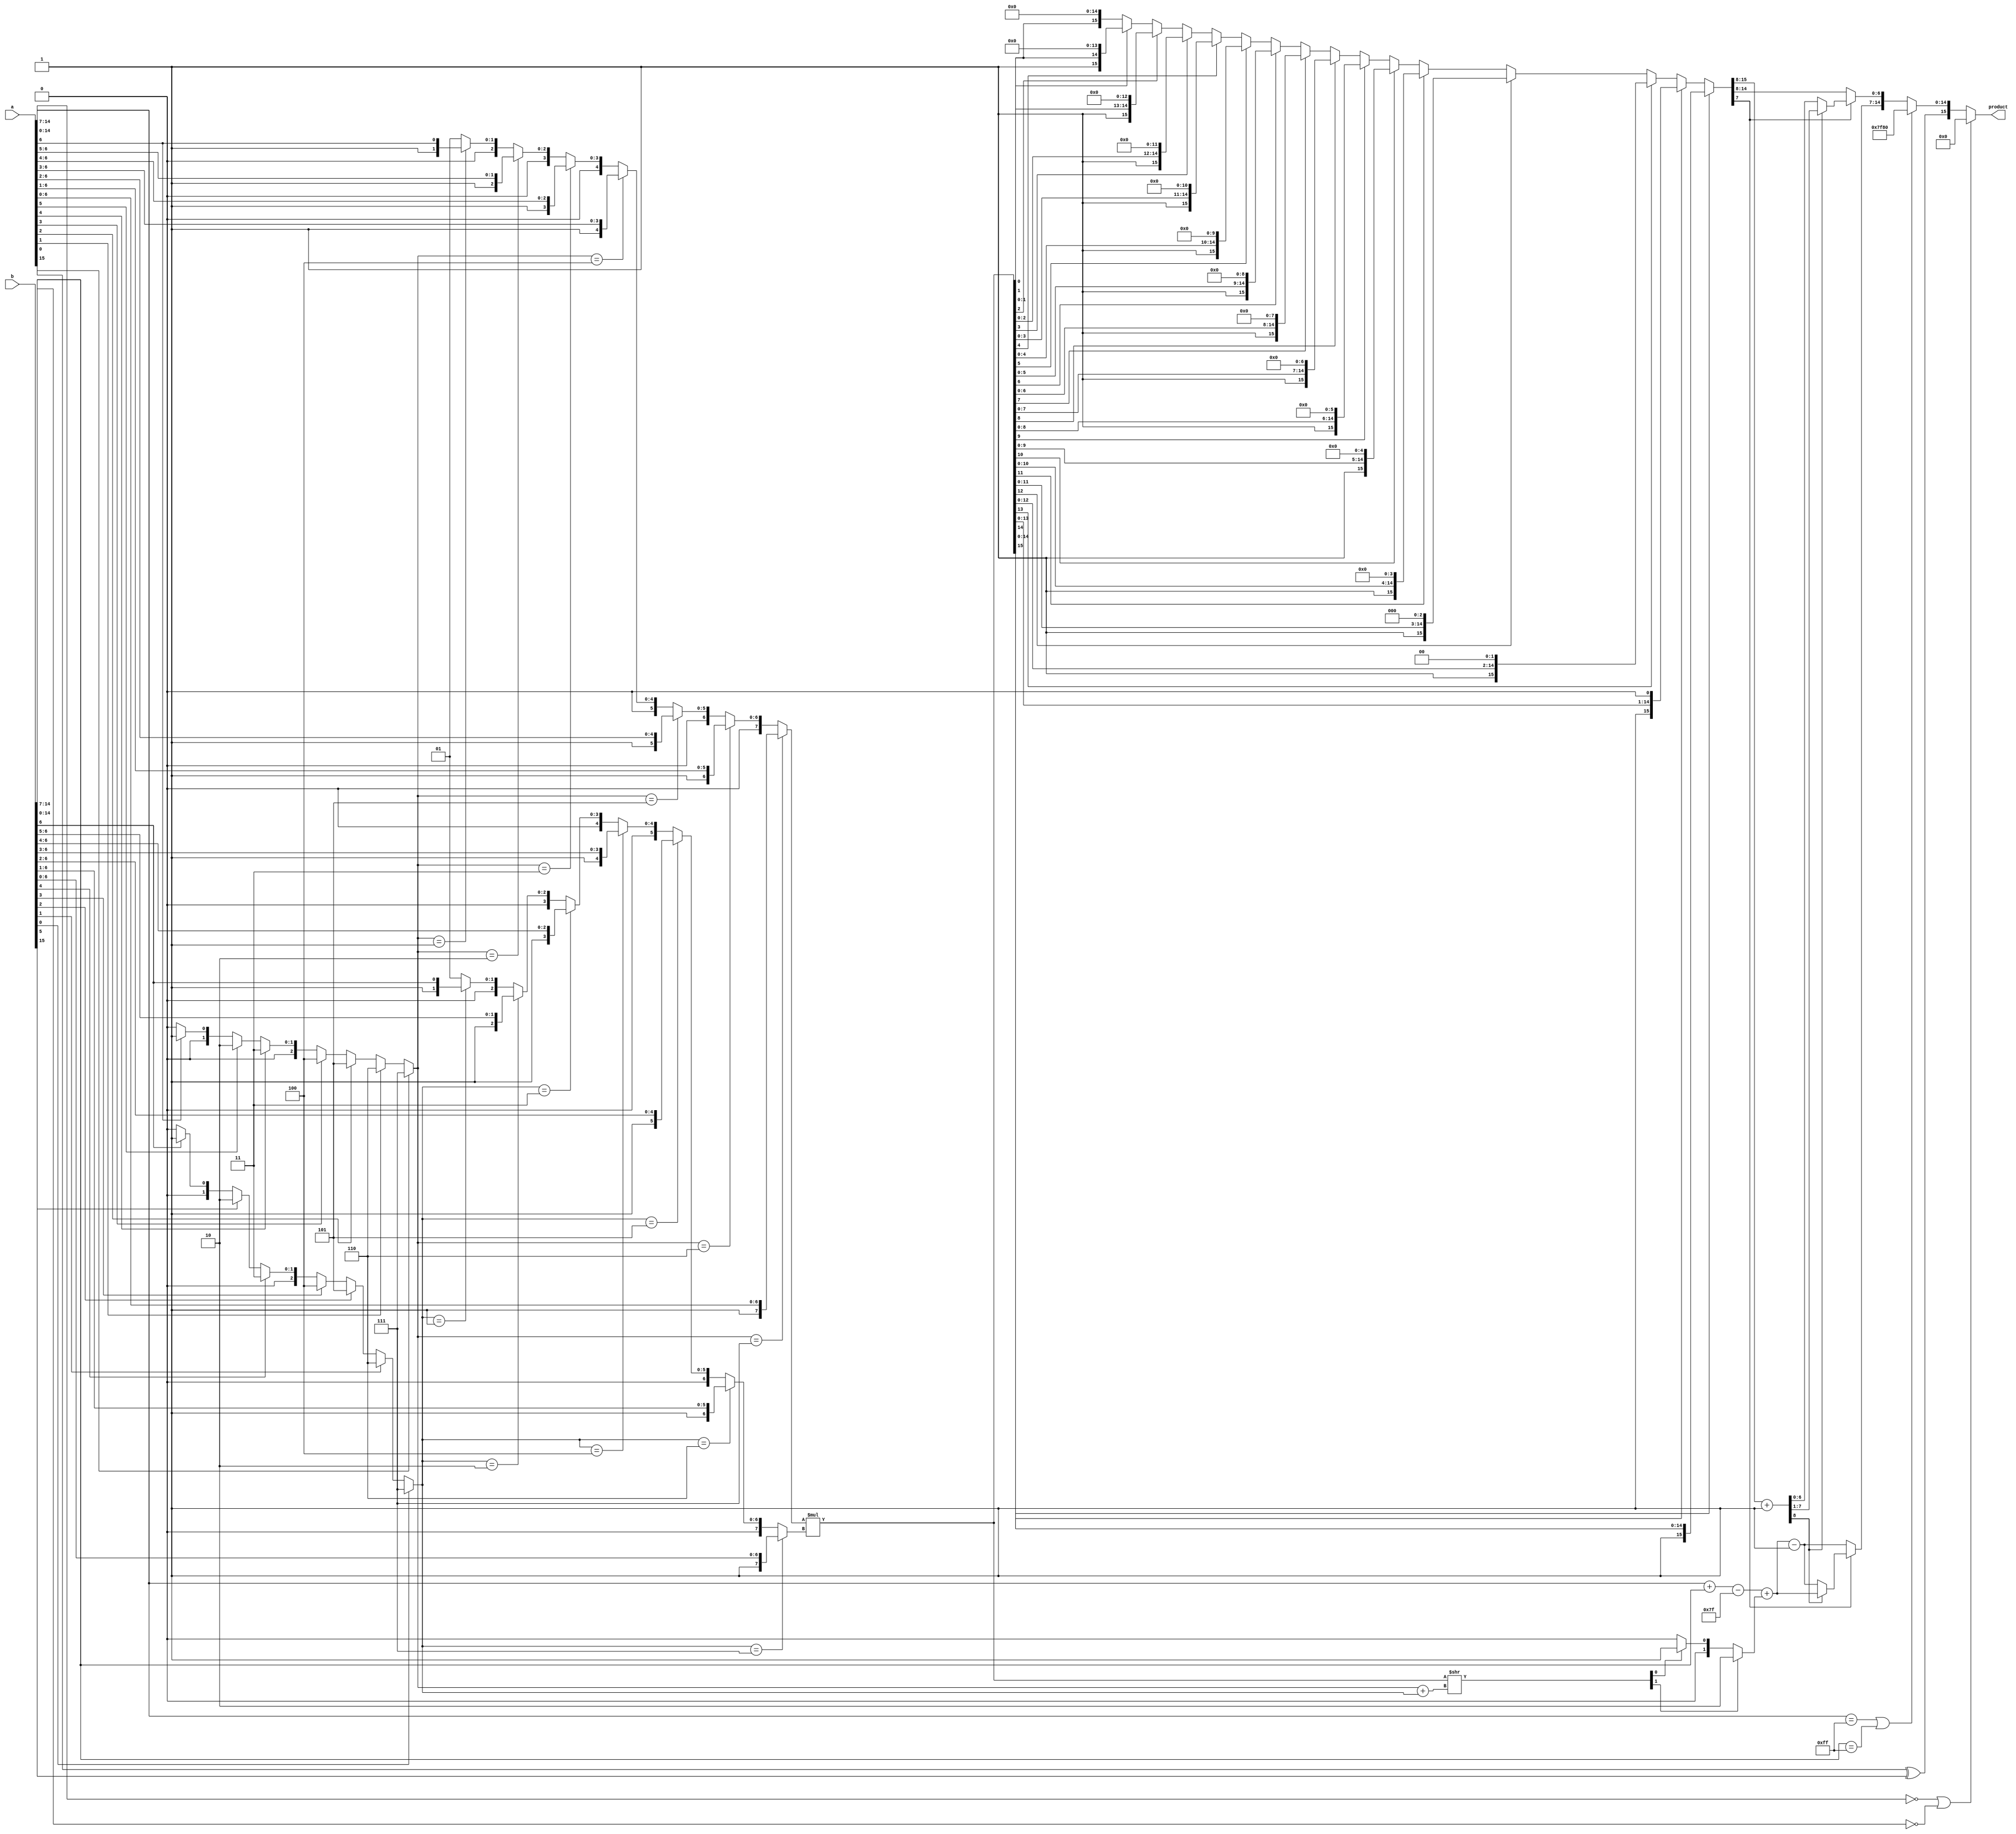
module Bfloat16_mul(
    input [15:0]a, 
    input [15:0]b, 
    output reg [15:0]product);
    
    reg sign, carry;
    reg [15:0] mul, inter;
    reg [1:0]temp, position;
    reg [7:0]exponent, n1, n2;
    reg [6:0]mantissa;
    reg [7:0]roundoff;
    wire [4:0] point;
    wire [2:0]count1, count2;
    
    // To keep a track of the decimal point.
    assign count1 = a[0]?3'd7:(a[1]?3'd6:(a[2]?3'd5:(a[3]?3'd4:(a[4]?3'd3:(a[5]?3'd2:(a[6]?3'd1:3'd0))))));
    assign count2 = b[0]?3'd7:(b[1]?3'd6:(b[2]?3'd5:(b[3]?3'd4:(b[4]?3'd3:(b[5]?3'd2:(b[6]?3'd1:3'd0))))));
    assign point = count1+count2;
    
    always@(*)
    begin
        if(count1 == 3'd7)
            n1 = {1'b1, a[6:0]};
        else if(count1 == 3'd6)
            n1 = {1'b0, 1'b1, a[6:1]};
        else if(count1 == 3'd5)
            n1 = {2'b0, 1'b1, a[6:2]};
        else if(count1 == 3'd4)
            n1 = {3'b0, 1'b1, a[6:3]};
        else if(count1 == 3'd3)
            n1 = {4'b0, 1'b1, a[6:4]};
        else if(count1 == 3'd2)
            n1 = {5'b0, 1'b1, a[6:5]};
        else if(count1 == 3'd1)
            n1 = {6'b0, 1'b1, a[6]};
        else
            n1 = {7'b0, 1'b1};
            
        if(count2 == 3'd7)
            n2 = {1'b1, b[6:0]};
        else if(count2 == 3'd6)
            n2 = {1'b0, 1'b1, b[6:1]};
        else if(count2 == 3'd5)
            n2 = {2'b0, 1'b1, b[6:2]};
        else if(count2 == 3'd4)
            n2 = {3'b0, 1'b1, b[6:3]};
        else if(count2 == 3'd3)
            n2 = {4'b0, 1'b1, b[6:4]};
        else if(count2 == 3'd2)
            n2 = {5'b0, 1'b1, b[6:5]};
        else if(count2 == 3'd1)
            n2 = {6'b0, 1'b1, b[6]};
        else
            n2 = {7'b0, 1'b1};
    end
    
    always@(*)
    begin
        if(a[14:0] == 0 | b[14:0] ==0)
        begin
            product = 0;
        end
        else if(a[14:7] == 255 | b[14:7] == 255)
        begin
            sign = a[15]^b[15];
            product = {sign, 8'd255, 7'b0};
        end
        else
        begin
            sign = a[15]^b[15];
            mul = n1*n2;
            temp = mul >> point;
            position = temp[1]?2'd2:(temp[0]?2'd1:2'd0);
            
            inter = mul[15]?mul:(mul[14]?(mul<<1):(mul[13]?(mul<<2):(mul[12]?(mul<<3):(mul[11]?(mul<<4):(mul[10]?(mul<<5):(mul[9]?(mul<<6):(mul[8]?(mul<<7):(mul[7]?(mul<<8):(mul[6]?(mul<<9):(mul[5]?(mul<<10):(mul[4]?(mul<<11):(mul[3]?(mul<<12):(mul[2]?(mul<<13):(mul[1]?(mul<<14):(mul<<15)))))))))))))));
            if(inter[7])
            begin
                {carry, roundoff} = inter[15:8]+1;
                if(carry)
                begin
                    mantissa = roundoff[7:1];
                    exponent = a[14:7] + b[14:7] - 127 + position;
                end
                else
                begin
                    mantissa = roundoff[6:0];
                    exponent = a[14:7] + b[14:7] - 127 + position - 1;
                end
            end
            else
            begin
                mantissa = inter[14:8]; 
                exponent = a[14:7] + b[14:7] - 127 + position - 1;
            end
            product = {sign, exponent, mantissa};
        end 
    end          
endmodule